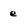
Character: e